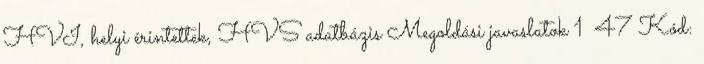
HVI, helyi érintettek, HVS adatbázis Megoldási javaslatok 1 47 Kód: